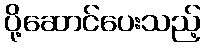
ပို့ဆောင်ပေးသည့်